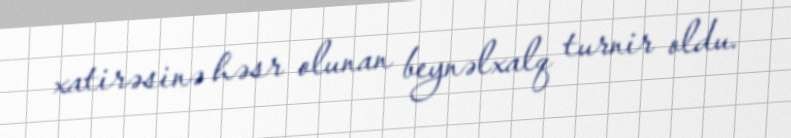
xatirəsinə həsr olunan beynəlxalq turnir oldu.